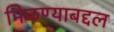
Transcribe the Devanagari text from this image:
मिळण्याबद्दल